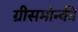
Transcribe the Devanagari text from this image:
ग्रीसमोन्की